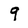
Character: 9